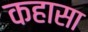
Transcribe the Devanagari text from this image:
कहासा